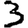
Digit: 3